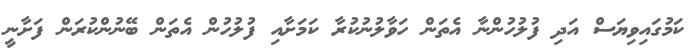
ކަމުގައިވިޔަސް އަދި ފުލުހުންނާ އެތަން ހަވާލުނުކުރާ ކަމަށާއި ފުލުހުން އެތަން ބޭނުންކުރަން ފަށާނީ